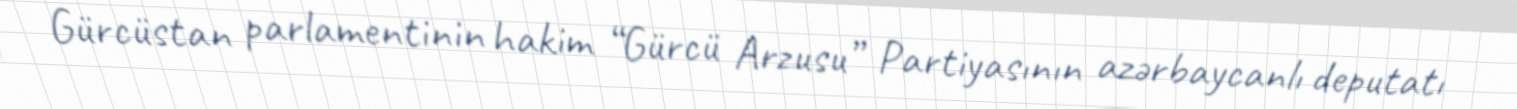
Gürcüstan parlamentinin hakim “Gürcü Arzusu” Partiyasının azərbaycanlı deputatı